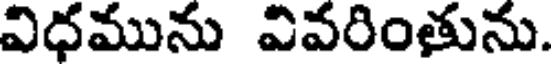
విధమును వివరింతును.